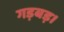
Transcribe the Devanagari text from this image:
गड़बड़।